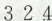
3 2 4